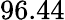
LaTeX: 96.44